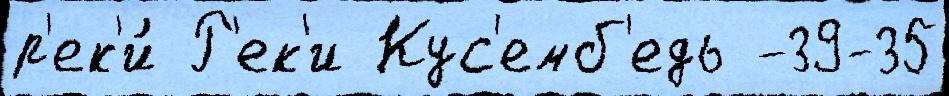
р'ек'и́ Р'ек'и Кус'емб'едь -39-35